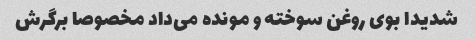
شدیدا بوی روغن سوخته و مونده می‌داد مخصوصا برگرش